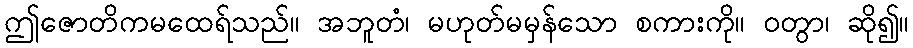
ဤဇောတိကမထေရ်သည်။ အဘူတံ၊ မဟုတ်မမှန်သော စကားကို။ ဝတွာ၊ ဆို၍။